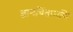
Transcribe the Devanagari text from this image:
ज्ञानचिंतामणि